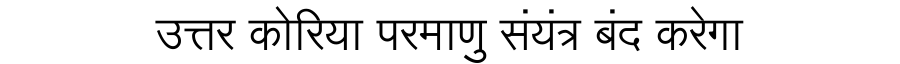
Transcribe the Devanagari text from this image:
उत्तर कोरिया परमाणु संयंत्र बंद करेगा